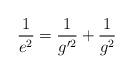
LaTeX: \begin{align*}\frac{1}{e^{2}}=\frac{1}{g'^{2}}+\frac{1}{g^{2}}\end{align*}